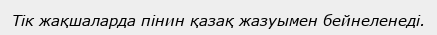
Тік жақшаларда пінин қазақ жазуымен бейнеленеді.